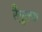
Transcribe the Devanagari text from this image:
रैनुल्फ़